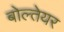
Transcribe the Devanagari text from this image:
बोल्तेयर